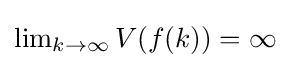
{\textstyle \lim _{k\rightarrow \infty }V(f(k))=\infty }